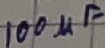
Text: 100µF